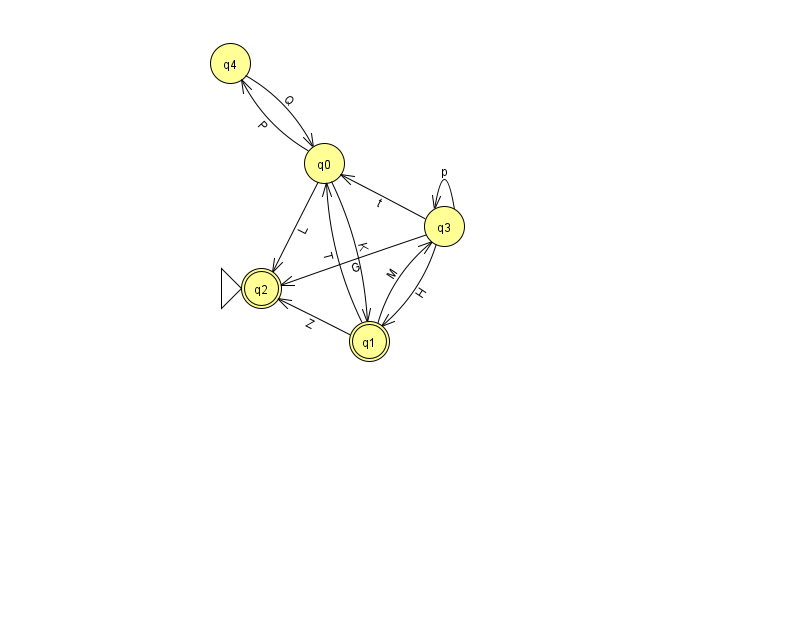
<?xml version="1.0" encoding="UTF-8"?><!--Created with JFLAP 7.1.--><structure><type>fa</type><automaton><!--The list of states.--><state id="0" name="q0"><x>324.0</x><y>150.0</y></state><state id="1" name="q1"><x>369.0</x><y>328.0</y><final/></state><state id="2" name="q2"><x>261.0</x><y>275.0</y><initial/><final/></state><state id="3" name="q3"><x>444.0</x><y>213.0</y></state><state id="4" name="q4"><x>230.0</x><y>50.0</y></state><!--The list of transitions.--><transition><from>0</from><to>4</to><read>P</read></transition><transition><from>3</from><to>1</to><read>H</read></transition><transition><from>3</from><to>3</to><read>p</read></transition><transition><from>4</from><to>0</to><read>Q</read></transition><transition><from>0</from><to>2</to><read>L</read></transition><transition><from>3</from><to>0</to><read>t</read></transition><transition><from>0</from><to>1</to><read>K</read></transition><transition><from>1</from><to>3</to><read>M</read></transition><transition><from>1</from><to>2</to><read>Z</read></transition><transition><from>1</from><to>0</to><read>T</read></transition><transition><from>3</from><to>2</to><read>G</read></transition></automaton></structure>